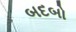
બદબો